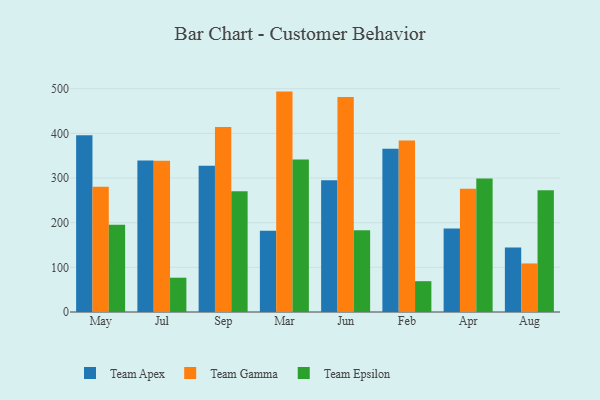
{"axis": {"x": "Month", "y": "Budget (USD K)"}, "legend": ["Team Apex", "Team Epsilon", "Team Gamma"], "data": [{"x": "May", "y": 395.5, "type": "Team Apex"}, {"x": "May", "y": 280.2, "type": "Team Gamma"}, {"x": "May", "y": 195.2, "type": "Team Epsilon"}, {"x": "Jul", "y": 339.2, "type": "Team Apex"}, {"x": "Jul", "y": 338.6, "type": "Team Gamma"}, {"x": "Jul", "y": 76.8, "type": "Team Epsilon"}, {"x": "Sep", "y": 327.4, "type": "Team Apex"}, {"x": "Sep", "y": 414.3, "type": "Team Gamma"}, {"x": "Sep", "y": 270.6, "type": "Team Epsilon"}, {"x": "Mar", "y": 181.8, "type": "Team Apex"}, {"x": "Mar", "y": 493.5, "type": "Team Gamma"}, {"x": "Mar", "y": 341.3, "type": "Team Epsilon"}, {"x": "Jun", "y": 295.0, "type": "Team Apex"}, {"x": "Jun", "y": 481.5, "type": "Team Gamma"}, {"x": "Jun", "y": 182.8, "type": "Team Epsilon"}, {"x": "Feb", "y": 365.5, "type": "Team Apex"}, {"x": "Feb", "y": 383.9, "type": "Team Gamma"}, {"x": "Feb", "y": 69.0, "type": "Team Epsilon"}, {"x": "Apr", "y": 186.7, "type": "Team Apex"}, {"x": "Apr", "y": 276.1, "type": "Team Gamma"}, {"x": "Apr", "y": 298.7, "type": "Team Epsilon"}, {"x": "Aug", "y": 144.2, "type": "Team Apex"}, {"x": "Aug", "y": 108.7, "type": "Team Gamma"}, {"x": "Aug", "y": 272.4, "type": "Team Epsilon"}]}